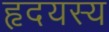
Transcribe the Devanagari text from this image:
हृदयस्य